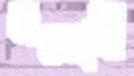
অতলান্তে